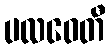
ပလဝေတီ